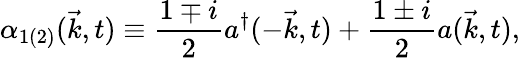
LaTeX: {\alpha}_{1(2)}({\vec{k}},t)\equiv\frac{1\mp i}{2}a^{\dagger}(-{\vec{k}},t)+\frac{1\pm i}{2}a({\vec{k}},t),